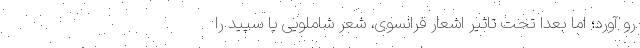
رو آورد؛ اما بعدا تحت تاثیر اشعار فرانسوی، شعر شاملویی یا سپید را